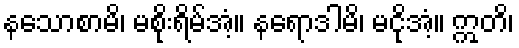
နသောစာမိ၊ မစိုးရိမ်အံ့။ နရောဒါမိ၊ မငိုအံ့။ ဣတိ၊